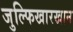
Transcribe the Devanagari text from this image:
जुल्फिखारखान